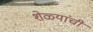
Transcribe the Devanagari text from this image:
शेळ्यांची